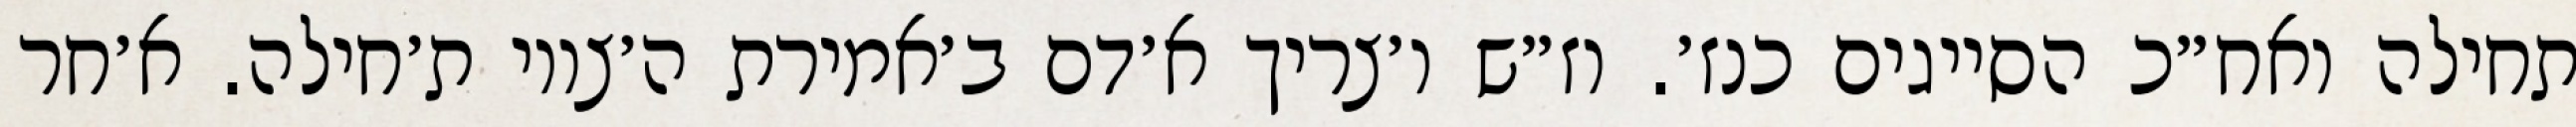
תחילה ואח״כ הסייגים כנז׳. וז״ש ו׳צריך א׳דם ב׳אמירת ה׳צווי ת׳חילה. א׳חר